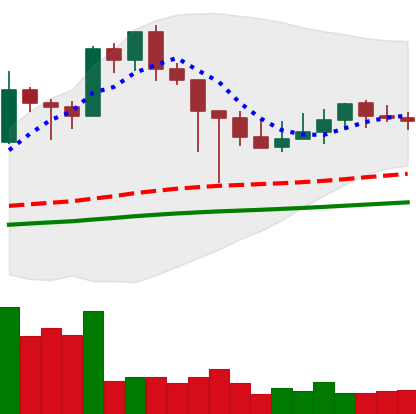
Ticker: XMR-USD
Chart end date: 2021-03-04
Forward return: 3.626%
Label: up_3_5